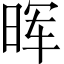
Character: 晖